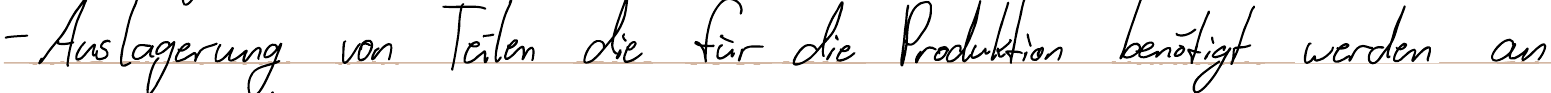
- Auslagerung von Teilen die für die Produktion benötigt werden an